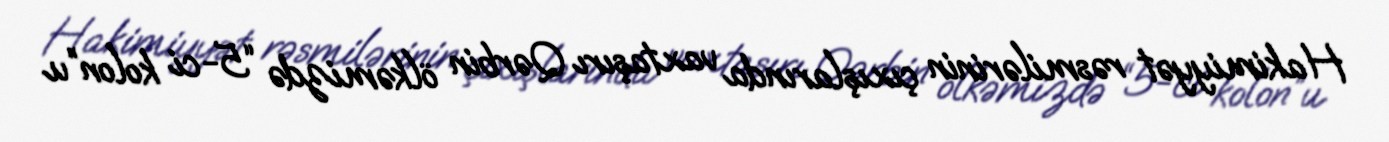
Hakimiyyət rəsmilərinin çıxışlarında vaxtaşırı Qərbin ölkəmizdə “5-ci kolon”u